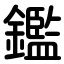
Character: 鑑